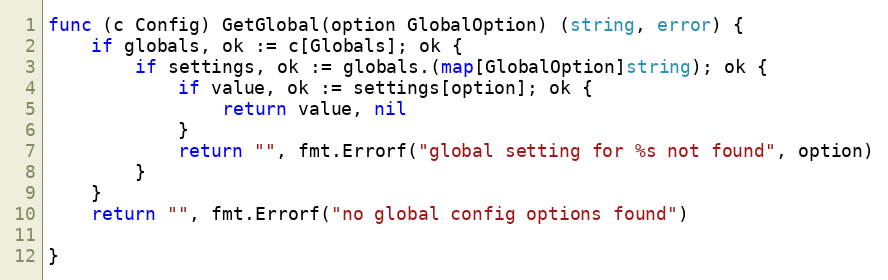
Language: Go
func (c Config) GetGlobal(option GlobalOption) (string, error) {
	if globals, ok := c[Globals]; ok {
		if settings, ok := globals.(map[GlobalOption]string); ok {
			if value, ok := settings[option]; ok {
				return value, nil
			}
			return "", fmt.Errorf("global setting for %s not found", option)
		}
	}
	return "", fmt.Errorf("no global config options found")

}